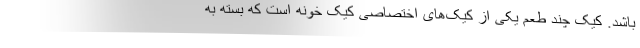
باشد. کیک چند طعم یکی از کیک‌های اختصاصی کیک خونه است که بسته به